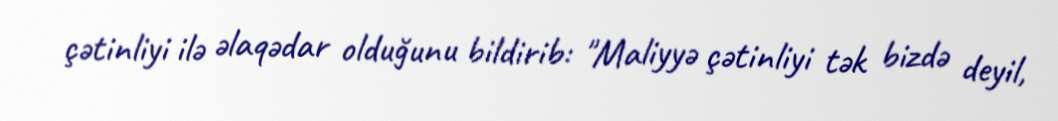
çətinliyi ilə əlaqədar olduğunu bildirib: "Maliyyə çətinliyi tək bizdə deyil,